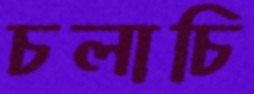
চলাচি